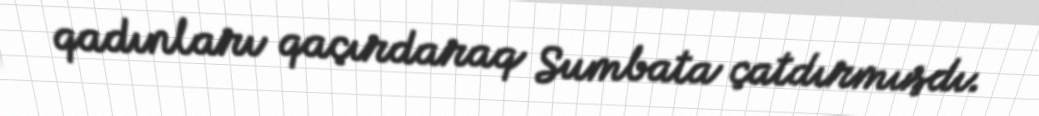
qadınları qaçırdaraq Sumbata çatdırmışdı.